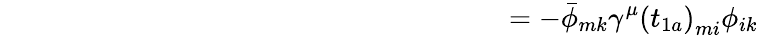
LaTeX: \qquad\qquad\qquad\qquad\qquad\qquad\qquad\qquad\qquad=-\bar{\phi}_{mk}\gamma^{\mu}\left(t_{1a}\right)_{mi}\phi_{ik}